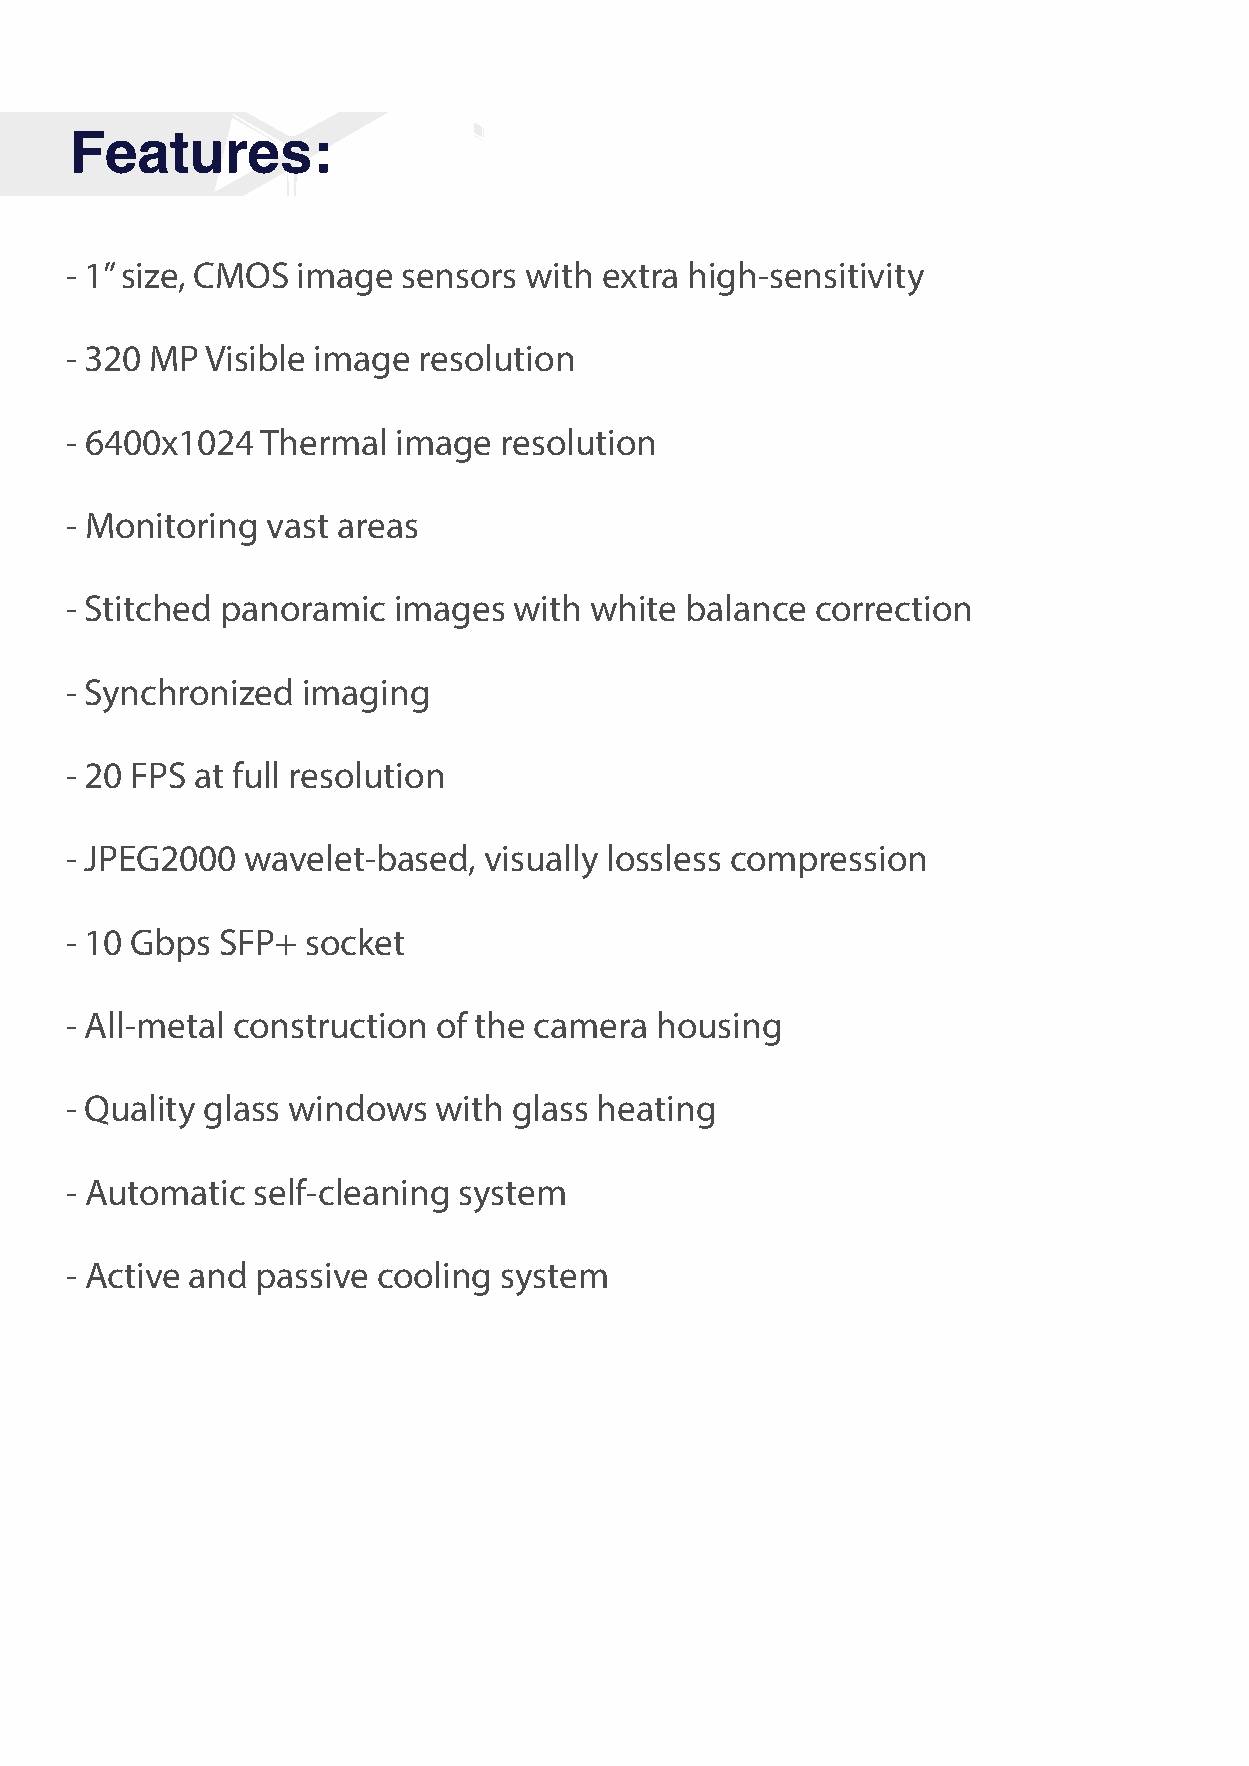
Features:
 - 1” size, CMOS image  sensors with extra high-sensitivity
 - 320 MP  Visible image resolution
 - 6400x1024  Thermal  image  resolution
 - Monitoring  vast areas
 - Stitched panoramic  images  with white balance  correction
 - Synchronized  imaging
 - 20 FPS at full resolution
 - JPEG2000  wavelet-based,  visually lossless compression
 - 10 Gbps  SFP+ socket
 - All-metal construction of the camera housing
 - Quality glass windows  with glass heating
 - Automatic  self-cleaning system
 - Active and passive cooling system